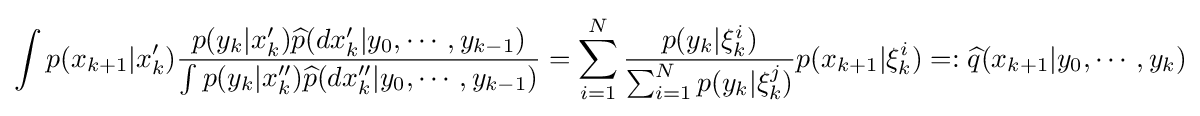
\int p(x_{k+1}|x'_{k}){\frac {p(y_{k}|x_{k}'){\widehat {p}}(dx'_{k}|y_{0},\cdots ,y_{k-1})}{\int p(y_{k}|x''_{k}){\widehat {p}}(dx''_{k}|y_{0},\cdots ,y_{k-1})}}=\sum _{i=1}^{N}{\frac {p(y_{k}|\xi _{k}^{i})}{\sum _{i=1}^{N}p(y_{k}|\xi _{k}^{j})}}p(x_{k+1}|\xi _{k}^{i})=:{\widehat {q}}(x_{k+1}|y_{0},\cdots ,y_{k})